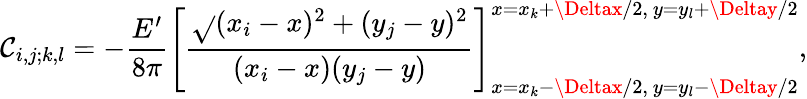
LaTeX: \mathcal{C}_{i,j;k,l}=-\frac{{E^{\prime}}}{{8\pi}}\left[\frac{{\sqrt{}{{(x_{i}-x)^{2}+(y_{j}-y)^{2}}}}}{{(x_{i}-x)(y_{j}-y)}}\right]_{x=x_{k}-\Deltax/2,~y=y_{l}-\Deltay/2}^{x=x_{k}+\Deltax/2,~y=y_{l}+\Deltay/2},